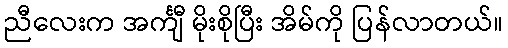
ညီလေးက အင်္ကျီ မိုးစိုပြီး အိမ်ကို ပြန်လာတယ်။